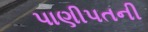
પાણીપતની